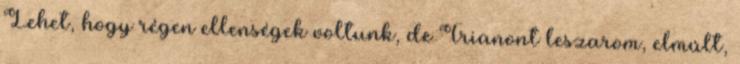
Lehet, hogy régen ellenségek voltunk, de Trianont leszarom, elmúlt,